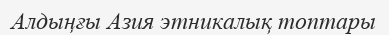
Алдыңғы Азия этникалық топтары